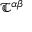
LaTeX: { \mathfrak { T } } ^ { \alpha \beta }